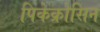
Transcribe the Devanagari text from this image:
पिकेक्रोसिन